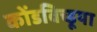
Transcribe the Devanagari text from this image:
कोंडविच्डूया